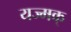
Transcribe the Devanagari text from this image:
यज्मक्